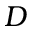
D